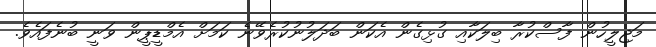
މަޖިލީހުން ފާސްކުރާ ބިލަކާއި ގުޅިގެން އެކަން ބަދަލުނުކުރެވޭނެ ކަމަށް އެމްޑީޕީން ވަނީ ބުނެފައެވެ.